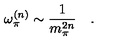
\omega _ { \pi } ^ { ( n ) } \sim \frac { 1 } { m _ { \pi } ^ { 2 n } } \quad .